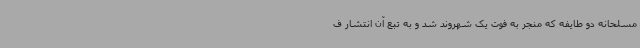
مسلحانه دو طایفه که منجر به فوت یک شهروند شد و به تبع آن انتشار ف